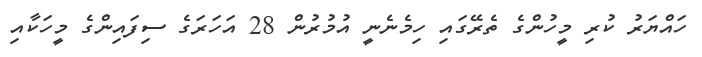
ހައްޔަރު ކުރި މީހުންގެ ތެރޭގައި ހިމެނެނީ އުމުރުން 28 އަހަރަގެ ސިފައިންގެ މީހަކާއި